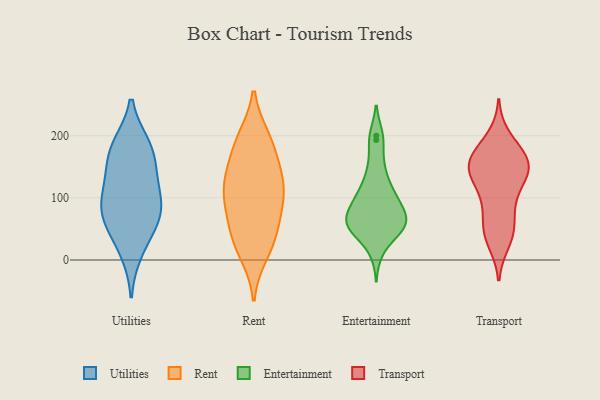
{"axis": {"x": "Inventory Turnover", "y": "Value"}, "legend": ["Entertainment", "Rent", "Transport", "Utilities"], "data": [{"x": "", "y": 80, "type": "Utilities"}, {"x": "", "y": 14, "type": "Utilities"}, {"x": "", "y": 131, "type": "Utilities"}, {"x": "", "y": 131, "type": "Utilities"}, {"x": "", "y": 71, "type": "Utilities"}, {"x": "", "y": 79, "type": "Utilities"}, {"x": "", "y": 48, "type": "Utilities"}, {"x": "", "y": 171, "type": "Utilities"}, {"x": "", "y": 184, "type": "Utilities"}, {"x": "", "y": 95, "type": "Utilities"}, {"x": "", "y": 182, "type": "Utilities"}, {"x": "", "y": 105, "type": "Rent"}, {"x": "", "y": 118, "type": "Rent"}, {"x": "", "y": 10, "type": "Rent"}, {"x": "", "y": 136, "type": "Rent"}, {"x": "", "y": 90, "type": "Rent"}, {"x": "", "y": 132, "type": "Rent"}, {"x": "", "y": 191, "type": "Rent"}, {"x": "", "y": 189, "type": "Rent"}, {"x": "", "y": 21, "type": "Rent"}, {"x": "", "y": 54, "type": "Rent"}, {"x": "", "y": 150, "type": "Rent"}, {"x": "", "y": 100, "type": "Rent"}, {"x": "", "y": 63, "type": "Rent"}, {"x": "", "y": 196, "type": "Rent"}, {"x": "", "y": 37, "type": "Rent"}, {"x": "", "y": 60, "type": "Entertainment"}, {"x": "", "y": 14, "type": "Entertainment"}, {"x": "", "y": 151, "type": "Entertainment"}, {"x": "", "y": 65, "type": "Entertainment"}, {"x": "", "y": 138, "type": "Entertainment"}, {"x": "", "y": 200, "type": "Entertainment"}, {"x": "", "y": 82, "type": "Entertainment"}, {"x": "", "y": 46, "type": "Entertainment"}, {"x": "", "y": 98, "type": "Entertainment"}, {"x": "", "y": 109, "type": "Entertainment"}, {"x": "", "y": 65, "type": "Entertainment"}, {"x": "", "y": 106, "type": "Entertainment"}, {"x": "", "y": 65, "type": "Entertainment"}, {"x": "", "y": 53, "type": "Entertainment"}, {"x": "", "y": 54, "type": "Entertainment"}, {"x": "", "y": 193, "type": "Entertainment"}, {"x": "", "y": 48, "type": "Entertainment"}, {"x": "", "y": 94, "type": "Entertainment"}, {"x": "", "y": 108, "type": "Transport"}, {"x": "", "y": 198, "type": "Transport"}, {"x": "", "y": 139, "type": "Transport"}, {"x": "", "y": 171, "type": "Transport"}, {"x": "", "y": 133, "type": "Transport"}, {"x": "", "y": 150, "type": "Transport"}, {"x": "", "y": 139, "type": "Transport"}, {"x": "", "y": 183, "type": "Transport"}, {"x": "", "y": 35, "type": "Transport"}, {"x": "", "y": 146, "type": "Transport"}, {"x": "", "y": 54, "type": "Transport"}, {"x": "", "y": 58, "type": "Transport"}, {"x": "", "y": 152, "type": "Transport"}, {"x": "", "y": 153, "type": "Transport"}, {"x": "", "y": 92, "type": "Transport"}, {"x": "", "y": 28, "type": "Transport"}, {"x": "", "y": 171, "type": "Transport"}, {"x": "", "y": 156, "type": "Transport"}, {"x": "", "y": 96, "type": "Transport"}, {"x": "", "y": 47, "type": "Transport"}]}